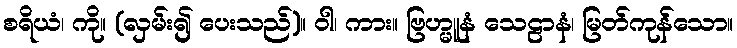
စရိယံ၊ ကို။ (လှမ်း၍ ပေးသည်)။ ဝါ၊ ကား။ ဗြဟ္မူနံ သေဠာနံ၊ မြတ်ကုန်သော။